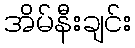
အိမ်နီးချင်း